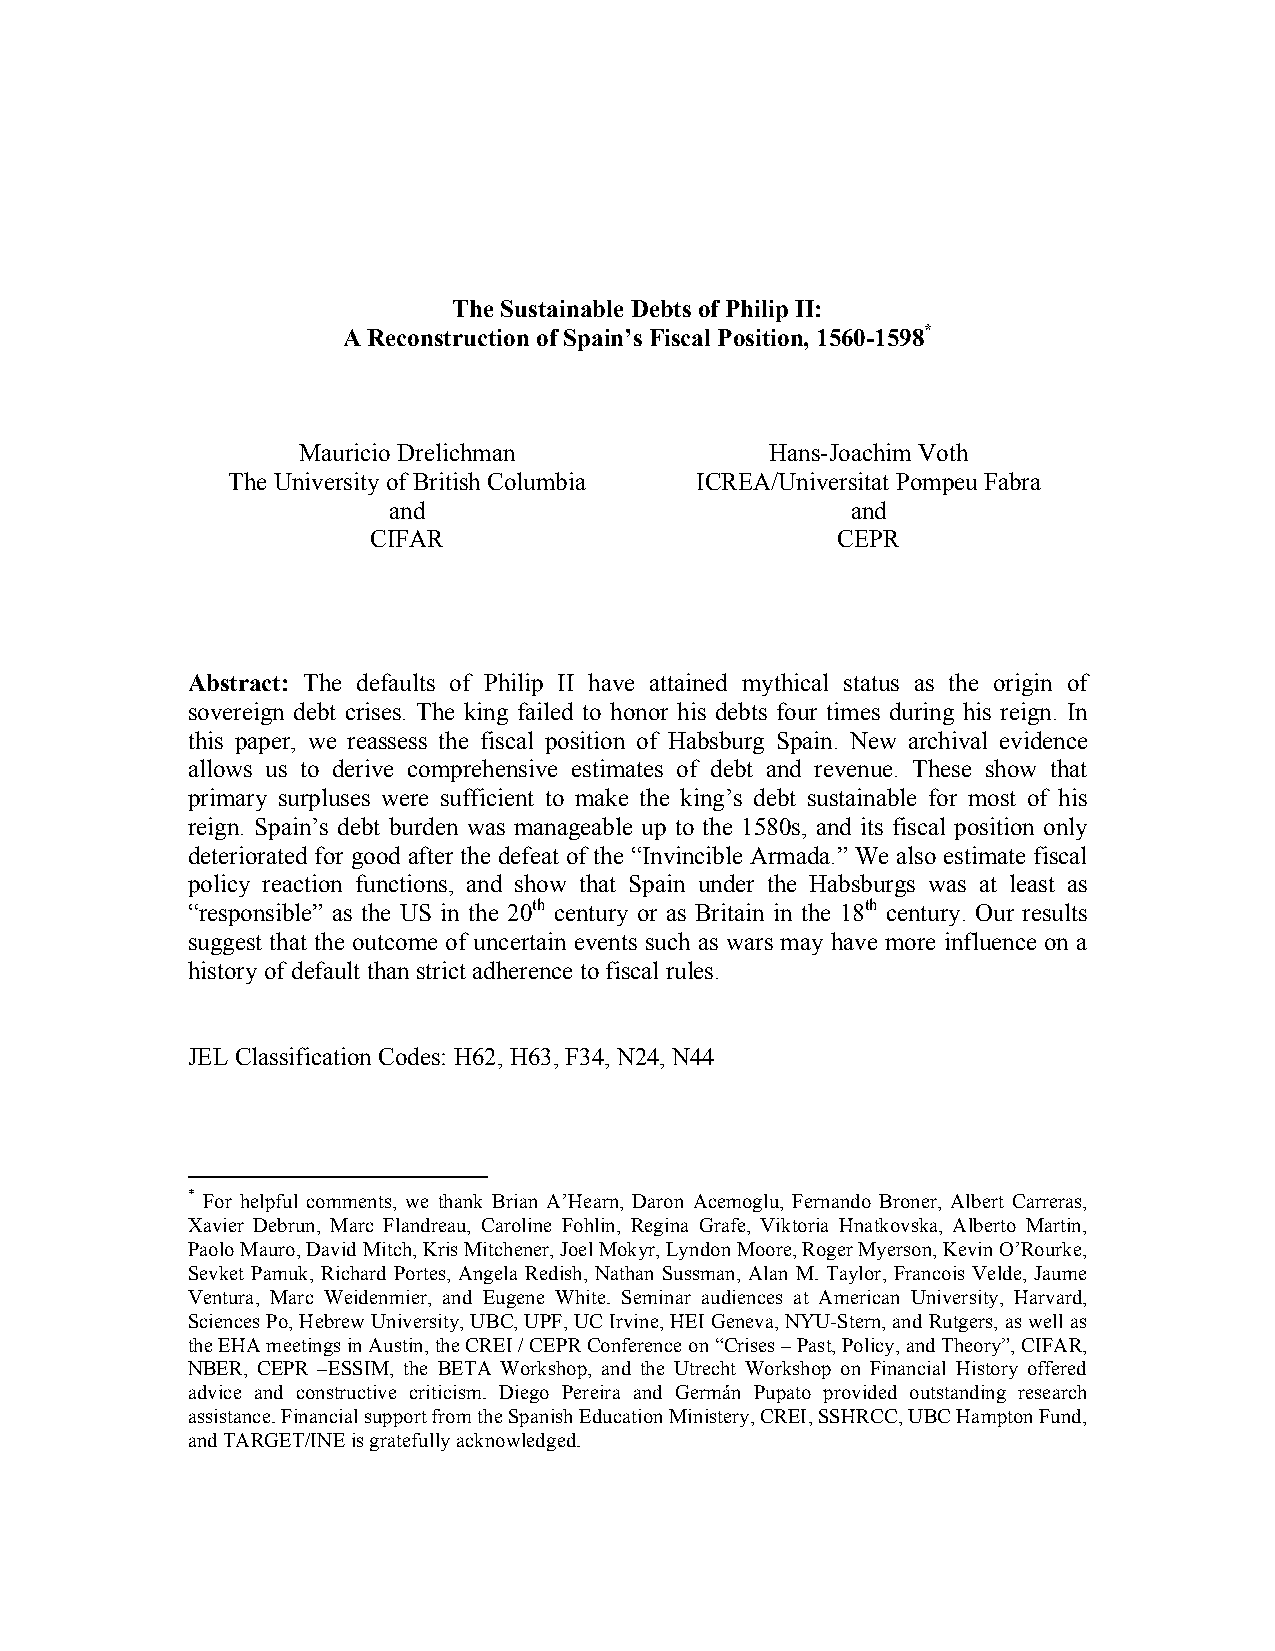
The Sustainable Debts of Philip II:
 A Reconstruction of Spain’s Fiscal Position, 1560-1598*
 Mauricio Drelichman            Hans-Joachim Voth
 The University of British Columbia ICREA/Universitat Pompeu Fabra
 and                           and
 CIFAR                         CEPR
 Abstract: The defaults of Philip II have attained mythical status as the origin of
 sovereign debt crises. The king failed to honor his debts four times during his reign. In
 this paper, we reassess the fiscal position of Habsburg Spain. New archival evidence
 allows us to derive comprehensive estimates of debt and revenue. These show that
 primary surpluses were sufficient to make the king’s debt sustainable for most of his
 reign. Spain’s debt burden was manageable up to the 1580s, and its fiscal position only
 deteriorated for good after the defeat of the “Invincible Armada.” We also estimate fiscal
 policy reaction functions, and show that Spain under the Habsburgs was at least as
 “responsible” as the US in the 20th century or as Britain in the 18th century. Our results
 suggest that the outcome of uncertain events such as wars may have more influence on a
 history of default than strict adherence to fiscal rules.
 JEL Classification Codes: H62, H63, F34, N24, N44
 * For helpful comments, we thank Brian A’Hearn, Daron Acemoglu, Fernando Broner, Albert Carreras,
 Xavier Debrun, Marc Flandreau, Caroline Fohlin, Regina Grafe, Viktoria Hnatkovska, Alberto Martin,
 Paolo Mauro, David Mitch, Kris Mitchener, Joel Mokyr, Lyndon Moore, Roger Myerson, Kevin O’Rourke,
 Sevket Pamuk, Richard Portes, Angela Redish, Nathan Sussman, Alan M. Taylor, Francois Velde, Jaume
 Ventura, Marc Weidenmier, and Eugene White. Seminar audiences at American University, Harvard,
 Sciences Po, Hebrew University, UBC, UPF, UC Irvine, HEI Geneva, NYU-Stern, and Rutgers, as well as
 the EHA meetings in Austin, the CREI / CEPR Conference on “Crises – Past, Policy, and Theory”, CIFAR,
 NBER, CEPR –ESSIM, the BETA Workshop, and the Utrecht Workshop on Financial History offered
 advice and constructive criticism. Diego Pereira and Germán Pupato provided outstanding research
 assistance. Financial support from the Spanish Education Ministery, CREI, SSHRCC, UBC Hampton Fund,
 and TARGET/INE is gratefully acknowledged.